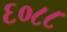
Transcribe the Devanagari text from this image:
६०८८